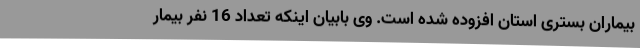
بیماران بستری استان افزوده شده است. وی بابیان اینکه تعداد 16 نفر بیمار